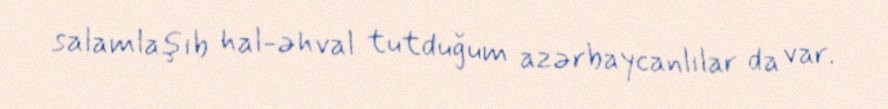
salamlaşıb hal-əhval tutduğum azərbaycanlılar da var.